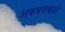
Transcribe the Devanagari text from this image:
अकबरावादी